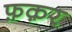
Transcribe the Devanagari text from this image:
फ़क़र